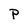
Character: P